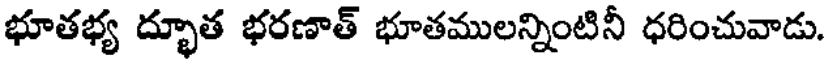
భూతభ్య ద్భూత భరణాత్ భూతములన్నింటినీ ధరించువాడు.